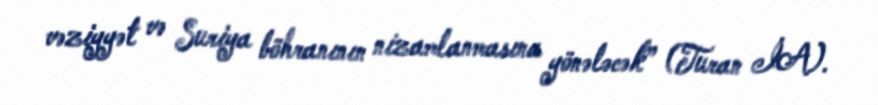
vəziyyət və Suriya böhranının nizamlanmasına yönələcək” (Turan İA).